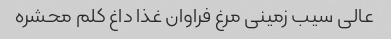
عالی سیب زمینی مرغ فراوان غذا داغ کلم محشره